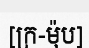
[ក្រ-ម៉ុប]